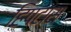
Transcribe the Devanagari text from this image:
हिपटास